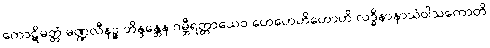
ကောဋိမတ္တံ မဏ္ဍလီနဉ္စ ဘိန္ဒန္တေန ဂမ္ဘီရတ္တာယေဝ ဟေဟေဟိဟောဟိ လဒ္ဓိနာနာသံဝါသကောတိ